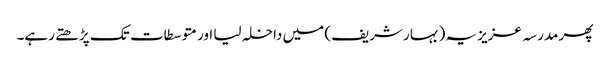
پھر مدرسہ عزیزیہ (بہار شریف) میں داخلہ لیا اور متوسطات تک پڑھتے رہے۔